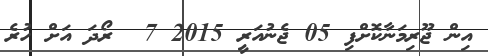
އިން ޖޫރިމަނާކޮށްފި 05 ޖެނުއަރީ 2015 7  ރޯދަ އަށް ހުރެ